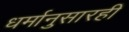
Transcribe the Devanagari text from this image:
धर्मानुसारही